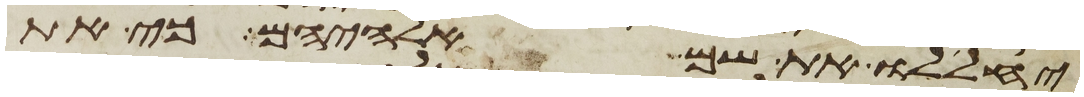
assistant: יחללו את שם אלהיהם כי את